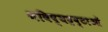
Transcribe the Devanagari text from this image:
भविष्यद्रष्टाओं